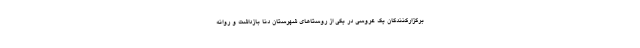
برگزارکنندگان یک عروسی در یکی از روستاهای شهرستان دنا بازداشت و روانه